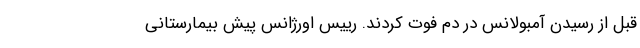
قبل از رسیدن آمبولانس در دم فوت کردند. رییس اورژانس پیش بیمارستانی